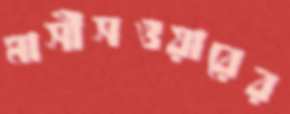
মাসীসওয়ারের